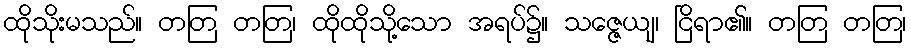
ထိုသိုးမသည်။ တတြ တတြ၊ ထိုထိုသို့သော အရပ်၌။ သဇ္ဇေယျ၊ ငြိရာ၏။ တတြ တတြ၊